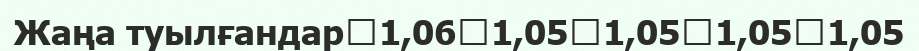
Жаңа туылғандар	1,06	1,05	1,05	1,05	1,05